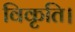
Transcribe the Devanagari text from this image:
विकृति।